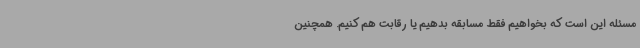
مسئله این است که بخواهیم فقط مسابقه بدهیم یا رقابت هم کنیم. همچنین